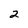
Character: 2